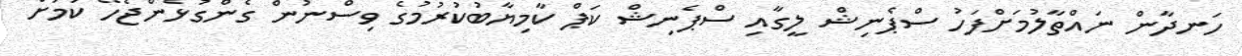
ހަނދާން ނައްތާލުމަށްފަހު ސްޕެނިޝް ލީގާއި ސްޕެނިޝް ކަޕް ކާމިޔާބުކުރުމުގެ ވިސްނުން ގެންގުޅެންޖެހޭ ކަމަށް